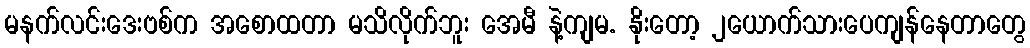
မနက်လင်းဒေးဗစ်က အစောထတာ မသိလိုက်ဘူး အေမီ နဲ့ကျမ. နိုးတော့ ၂ယောက်သားပေကျန်နေတာတွေ